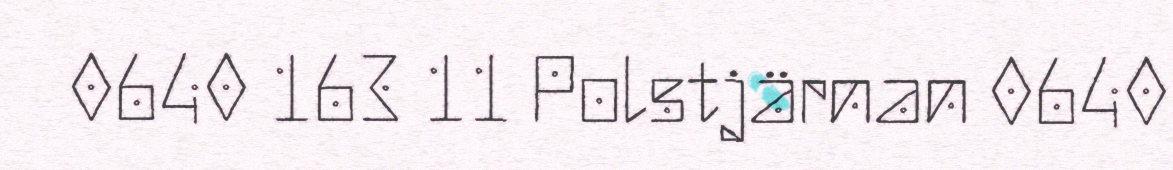
0640 163 11 Polstjärnan 0640